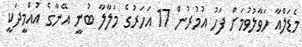
މެޑަލްއާ ހަވާލުވުމަށް ފަހު އުމުރުން 17 އަހަރުގެ މަލާލާ ބުނީ އޭނާގެ އުއްމީދަކީ